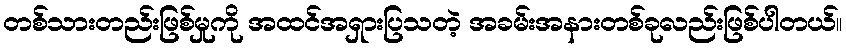
တစ်သားတည်းဖြစ်မှုကို အထင်အရှားပြသတဲ့ အခမ်းအနားတစ်ခုလည်းဖြစ်ပါတယ်။